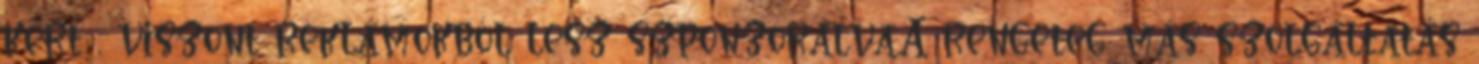
kért , viszont reklámokból lesz szponzorálva.A rengeteg más szolgáltatás